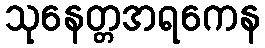
သုနေတ္တအရကေန